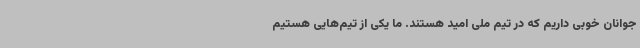
جوانان خوبی داریم که در تیم ملی امید هستند. ما یکی از تیم‌هایی هستیم